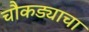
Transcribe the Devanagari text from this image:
चौकड्याचा